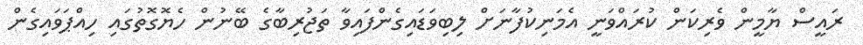
ރައީސް ޔާމީން ވެރިކަން ކުރައްވަނީ އެމަނިކުފާނަށް ލިބިވަޑައިގެންފައިވާ ތަޖުރިބާގެ ބޭނުން ހެޔޮގޮތުގައި ހިއްޕަވައިގެން